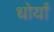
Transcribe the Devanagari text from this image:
धोर्यां